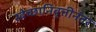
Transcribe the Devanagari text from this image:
स्वेच्छानिवृत्तीनंतर